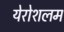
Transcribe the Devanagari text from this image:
येरोशलम